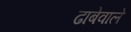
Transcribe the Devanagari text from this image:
ढाबेवाले